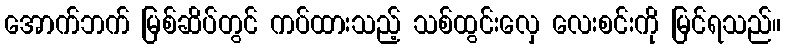
အောက်ဘက် မြစ်ဆိပ်တွင် ကပ်ထားသည့် သစ်ထွင်းလှေ လေးစင်းကို မြင်ရသည်။